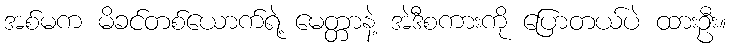
အစ်မက မိခင်တစ်ယောက်ရဲ့ မေတ္တာနဲ့ အဲဒီစကားကို ပြောတယ်ပဲ ထားဦး။